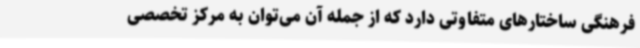
فرهنگی ساختارهای متفاوتی دارد که از جمله آن می‌توان به مرکز تخصصی